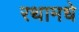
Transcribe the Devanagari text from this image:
रथामधे